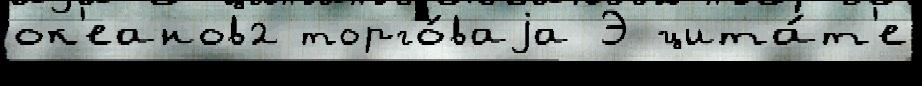
ок'еанов2 торго́ваjа Э цита́т'е